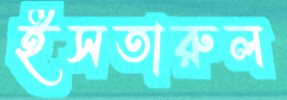
ইসতারুল